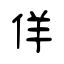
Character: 佯